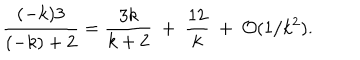
{ \frac { ( - k ) 3 } { ( - k ) + 2 } } = { \frac { 3 k } { k + 2 } } ~ + ~ { \frac { 1 2 } { k } } ~ + ~ { \cal O } ( 1 / k ^ { 2 } ) .